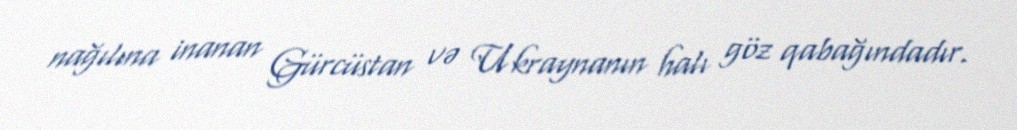
nağılına inanan Gürcüstan və Ukraynanın halı göz qabağındadır.